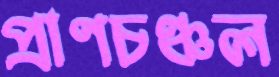
প্রাণচঞ্চল